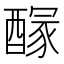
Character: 𨢊